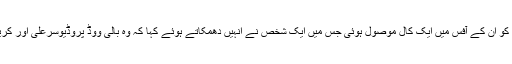
اس کے کچھ دن بعد شاہ رخ خان کو ان کے آفس میں ایک کال موصول ہوئی جس میں ایک شخص نے انہیں دھمکاتے ہوئے کہا کہ وہ بالی ووڈ پروڈیوسرعلی اور کریم مورانی کے ساتھ کام نہ کریں۔